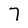
Character: 7